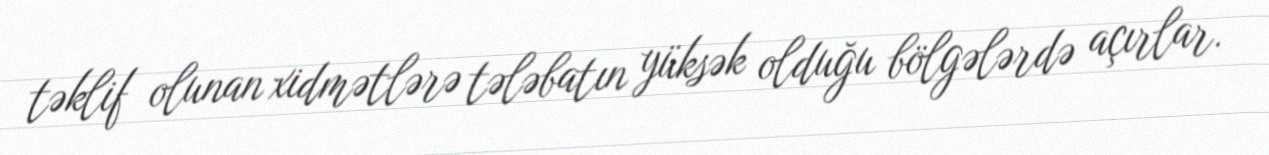
təklif olunan xidmətlərə tələbatın yüksək olduğu bölgələrdə açırlar.